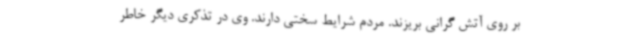
بر روی آتش گرانی بریزند. مردم شرایط سختی دارند. وی در تذکری دیگر خاطر